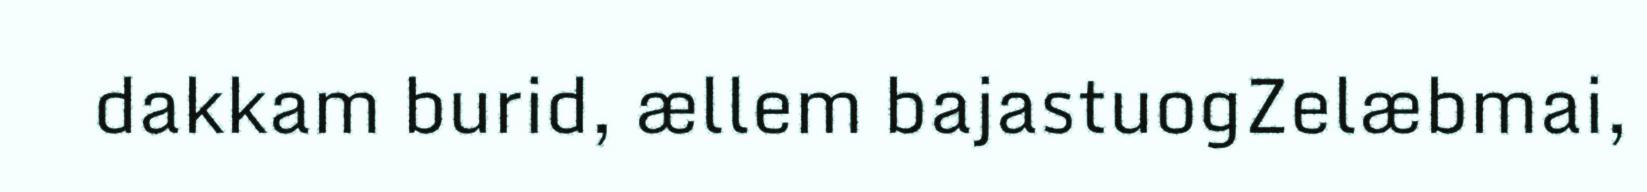
dakkam burid, ællem bajastuogZelæbmai,